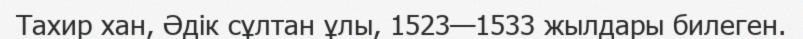
Тахир хан, Әдік сұлтан ұлы, 1523—1533 жылдары билеген.